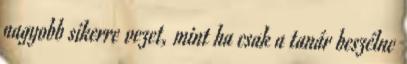
nagyobb sikerre vezet, mint ha csak a tanár beszélne